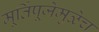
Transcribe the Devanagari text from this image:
मूर्तिपूजेमुळेच